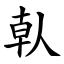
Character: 倝